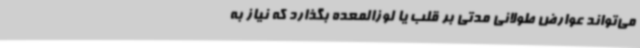
می‌تواند عوارض طولانی مدتی بر قلب یا لوزالمعده بگذارد که نیاز به